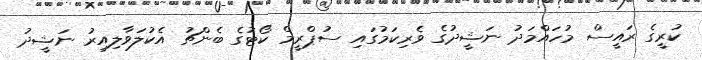
ކުރީގެ ރައީސް މުހައްމަދު ނަޝީދުގެ ވެރިކަމުގައި ސުޕްރީމް ކޯޓުގެ ބެންޗު އެކުލަވާލިއިރު ނަޝީދު